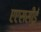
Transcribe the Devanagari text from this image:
एएससीई